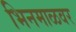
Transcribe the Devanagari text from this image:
भिनमाळवर